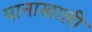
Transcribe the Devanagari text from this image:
पानाखाली